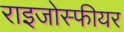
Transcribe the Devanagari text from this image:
राइजोस्फीयर